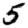
Digit: 5